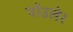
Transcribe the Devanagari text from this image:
पॉउलेर